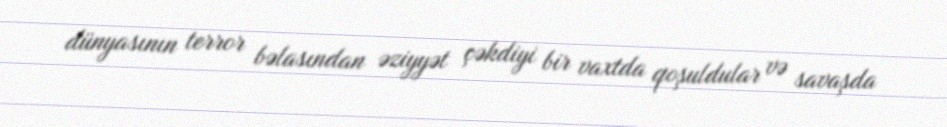
dünyasının terror bəlasından əziyyət çəkdiyi bir vaxtda qoşuldular və savaşda